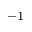
^ { - 1 }